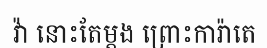
វ៉ា នោះតែម្តង ព្រោះការ៉ាតេ